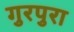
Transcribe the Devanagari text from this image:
गुरपुरा